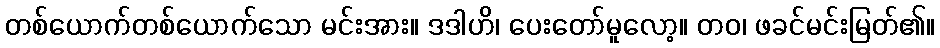
တစ်ယောက်တစ်ယောက်သော မင်းအား။ ဒဒါဟိ၊ ပေးတော်မူလော့။ တဝ၊ ဖခင်မင်းမြတ်၏။